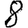
Digit: 8